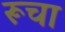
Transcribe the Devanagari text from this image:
रूचा